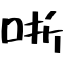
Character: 哳